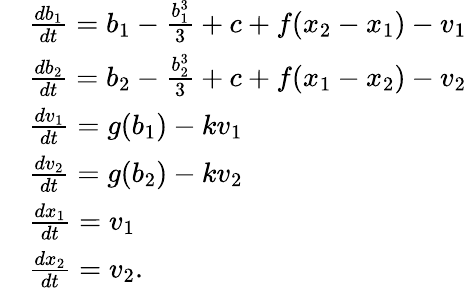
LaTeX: \begin{array}{rl}&{\frac{db_{1}}{dt}=b_{1}-\frac{b_{1}^{3}}{3}+c+f(x_{2}-x_{1})-v_{1}}\\ &{\frac{db_{2}}{dt}=b_{2}-\frac{b_{2}^{3}}{3}+c+f(x_{1}-x_{2})-v_{2}}\\ &{\frac{dv_{1}}{dt}=g(b_{1})-kv_{1}}\\ &{\frac{dv_{2}}{dt}=g(b_{2})-kv_{2}}\\ &{\frac{dx_{1}}{dt}=v_{1}}\\ &{\frac{dx_{2}}{dt}=v_{2}.}\end{array}